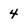
Character: 4